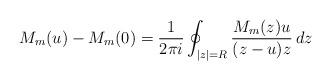
LaTeX: \begin{align*} M_m(u) - M_m(0) = \frac1{2\pi i} \oint_{|z|=R} \frac{M_m(z) u}{(z-u)z} \, dz\end{align*}